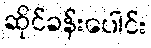
ဆိုင်ခန်းပေါင်း